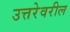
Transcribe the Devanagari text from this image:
उत्तरेवरील